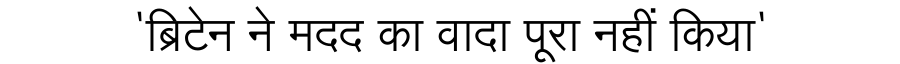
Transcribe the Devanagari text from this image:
'ब्रिटेन ने मदद का वादा पूरा नहीं किया'